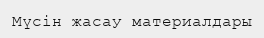
Мүсін жасау материалдары